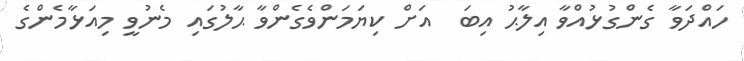
ހައްދަވާ ގެންގުޅުއްވާ އިލާޙު އިބަ  އަށް ކިޔަމަންވެގެންވާ ޙާލުގައި މެނުވީ މިއަޅާމެންގެ